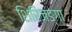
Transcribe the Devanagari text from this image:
शिरिजङ्गा